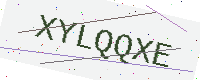
Text: XYLQQXE